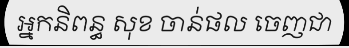
អ្នកនិពន្ធ សុខ ចាន់ផល ចេញជា